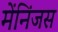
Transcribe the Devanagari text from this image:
मेंनिंजस